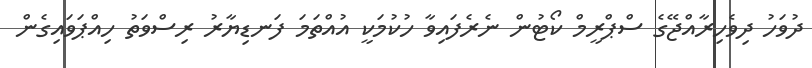
ދުވަހު ދިވެހިރާއްޖޭގެ ސްޕްރީމް ކޯޓުން ނެރެފައިވާ ހުކުމަކީ އުއްތަމަ ފަނޑިޔާރު ރިސްވަތު ހިއްޕަވައިގެން